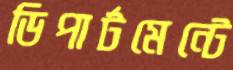
ডিপার্টমেন্টে